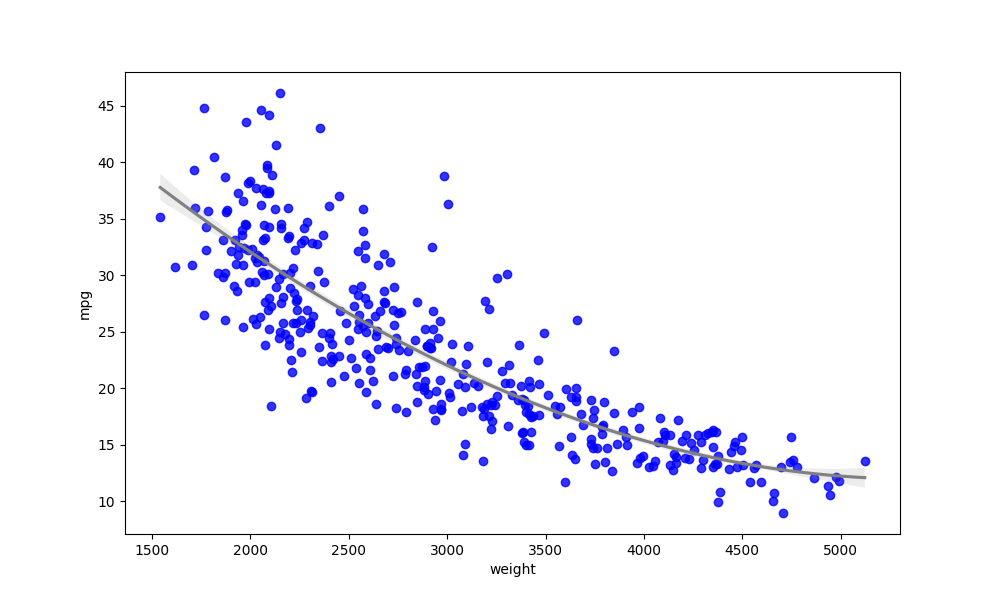
python, seaborn, regplot, order=3, ci=68, scatter_color=blue, line_color=gray